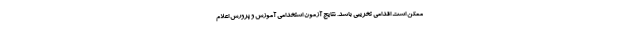
ممکن است اقدامی تخریبی باشد. نتایج آزمون استخدامی آموزش و پرورش اعلام